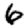
Digit: 6